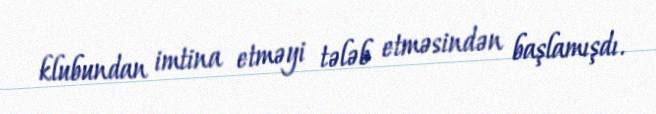
klubundan imtina etməyi tələb etməsindən başlamışdı.